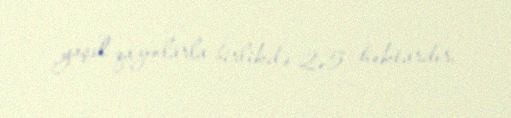
yaşıl qazonlarla birlikdə 2,5 hektardır.